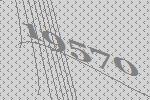
19570